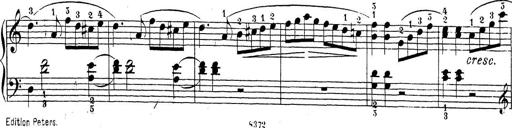
Title: Sonatina Album
Composer: Louis KÃ¶hler